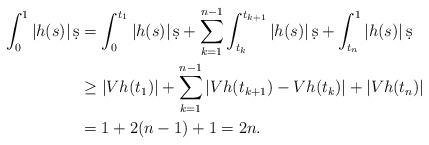
LaTeX: \begin{align*}\int_{0}^{1} |h(s)|\,\d s& = \int_{0}^{t_{1}} |h(s)|\,\d s+ \sum_{k=1}^{n-1} \int_{t_{k}}^{t_{k+1}} |h(s)|\,\d s+ \int_{t_{n}}^{1} |h(s)|\,\d s\\& \ge |Vh(t_{1})|+ \sum_{k=1}^{n-1} |Vh(t_{k+1}) - Vh(t_{k})|+ |Vh(t_{n})|\\& = 1+2(n-1)+1=2n.\end{align*}